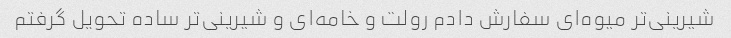
شیرینی‌تر میوه‌ای سفارش دادم رولت و خامه‌ای و شیرینی‌تر ساده تحویل گرفتم